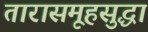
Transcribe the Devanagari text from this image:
तारासमूहसुद्धा